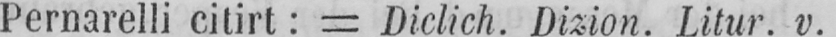
Pernarelli citirt: = Diclich. Dizion. Litur. v.